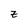
Character: z